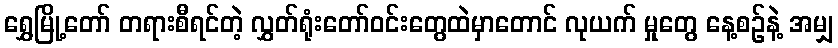
ရွှေမြို့တော် တရားစီရင်တဲ့ လွှတ်ရုံးတော်ဝင်းတွေထဲမှာတောင် လုယက် မှုတွေ နေ့စဉ်နဲ့ အမျှ